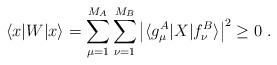
LaTeX: \begin{align*}\langle x \vert W \vert x \rangle = \sum_{\mu=1}^{M_A} \sum_{\nu=1}^{M_B} \left\vert \langle g_\mu^A \vert X \vert f_\nu^B \rangle \right\vert^2 \ge 0 \ .\end{align*}